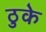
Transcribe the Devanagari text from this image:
ठुके